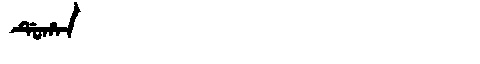
Manchu: ᡩᡠᡥᠠᠨ
Romanization: DUHAN